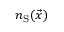
n _ { \mathrm { S } } ( \vec { x } )